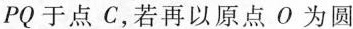
PQ于点C，若再以原点O为圆